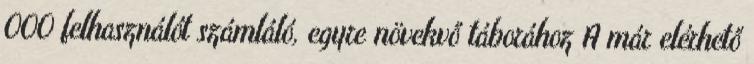
000 felhasználót számláló, egyre növekvő táborához A már elérhető